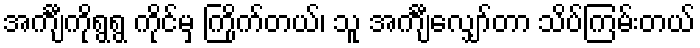
အင်္ကျီကိုရွရွ ကိုင်မှ ကြိုက်တယ်၊ သူ အင်္ကျီလျှော်တာ သိပ်ကြမ်းတယ်